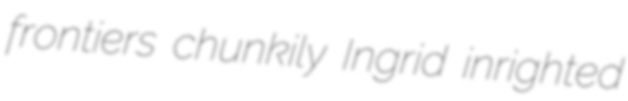
frontiers chunkily Ingrid inrighted